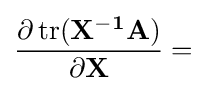
{\frac {\partial \operatorname {tr} (\mathbf {X^{-1}A} )}{\partial \mathbf {X} }}=